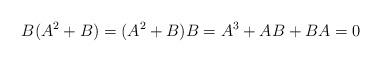
LaTeX: \begin{align*}B(A^2+B)=(A^2+B)B=A^3+AB+BA=0\end{align*}